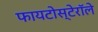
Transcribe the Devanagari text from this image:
फायटोस्टेरॉले